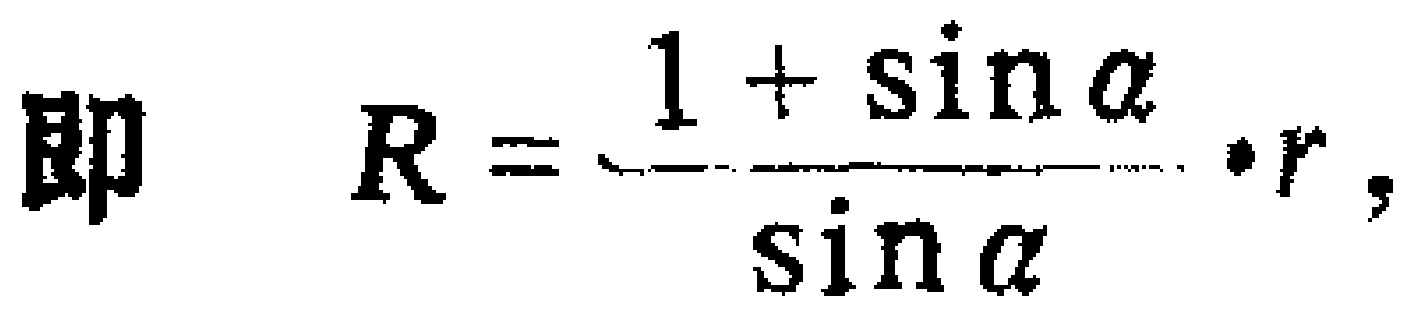
即 \(R = \frac{1 + \sin\alpha}{\sin\alpha} \cdot r\)，